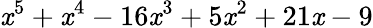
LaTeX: \mathit{x}^{5}+\mathit{x}^{4}-16\mathit{x}^{3}+5\mathit{x}^{2}+21\mathit{x}-9